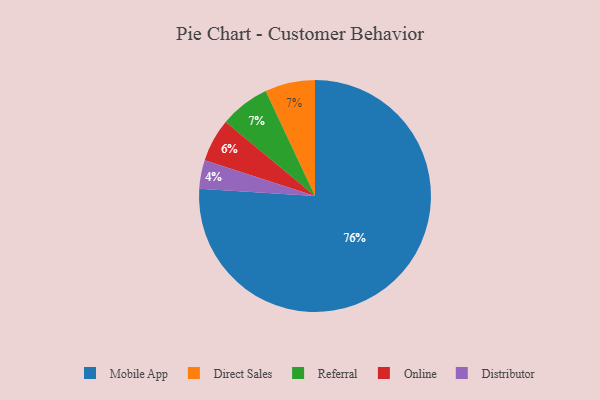
{"axis": {"x": "Category", "y": "Percentage"}, "legend": ["Direct Sales", "Distributor", "Mobile App", "Online", "Referral"], "data": [{"x": "Distributor", "y": 4, "type": "Distributor"}, {"x": "Mobile App", "y": 76, "type": "Mobile App"}, {"x": "Direct Sales", "y": 7, "type": "Direct Sales"}, {"x": "Online", "y": 6, "type": "Online"}, {"x": "Referral", "y": 7, "type": "Referral"}]}